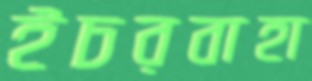
ইচরবাহা